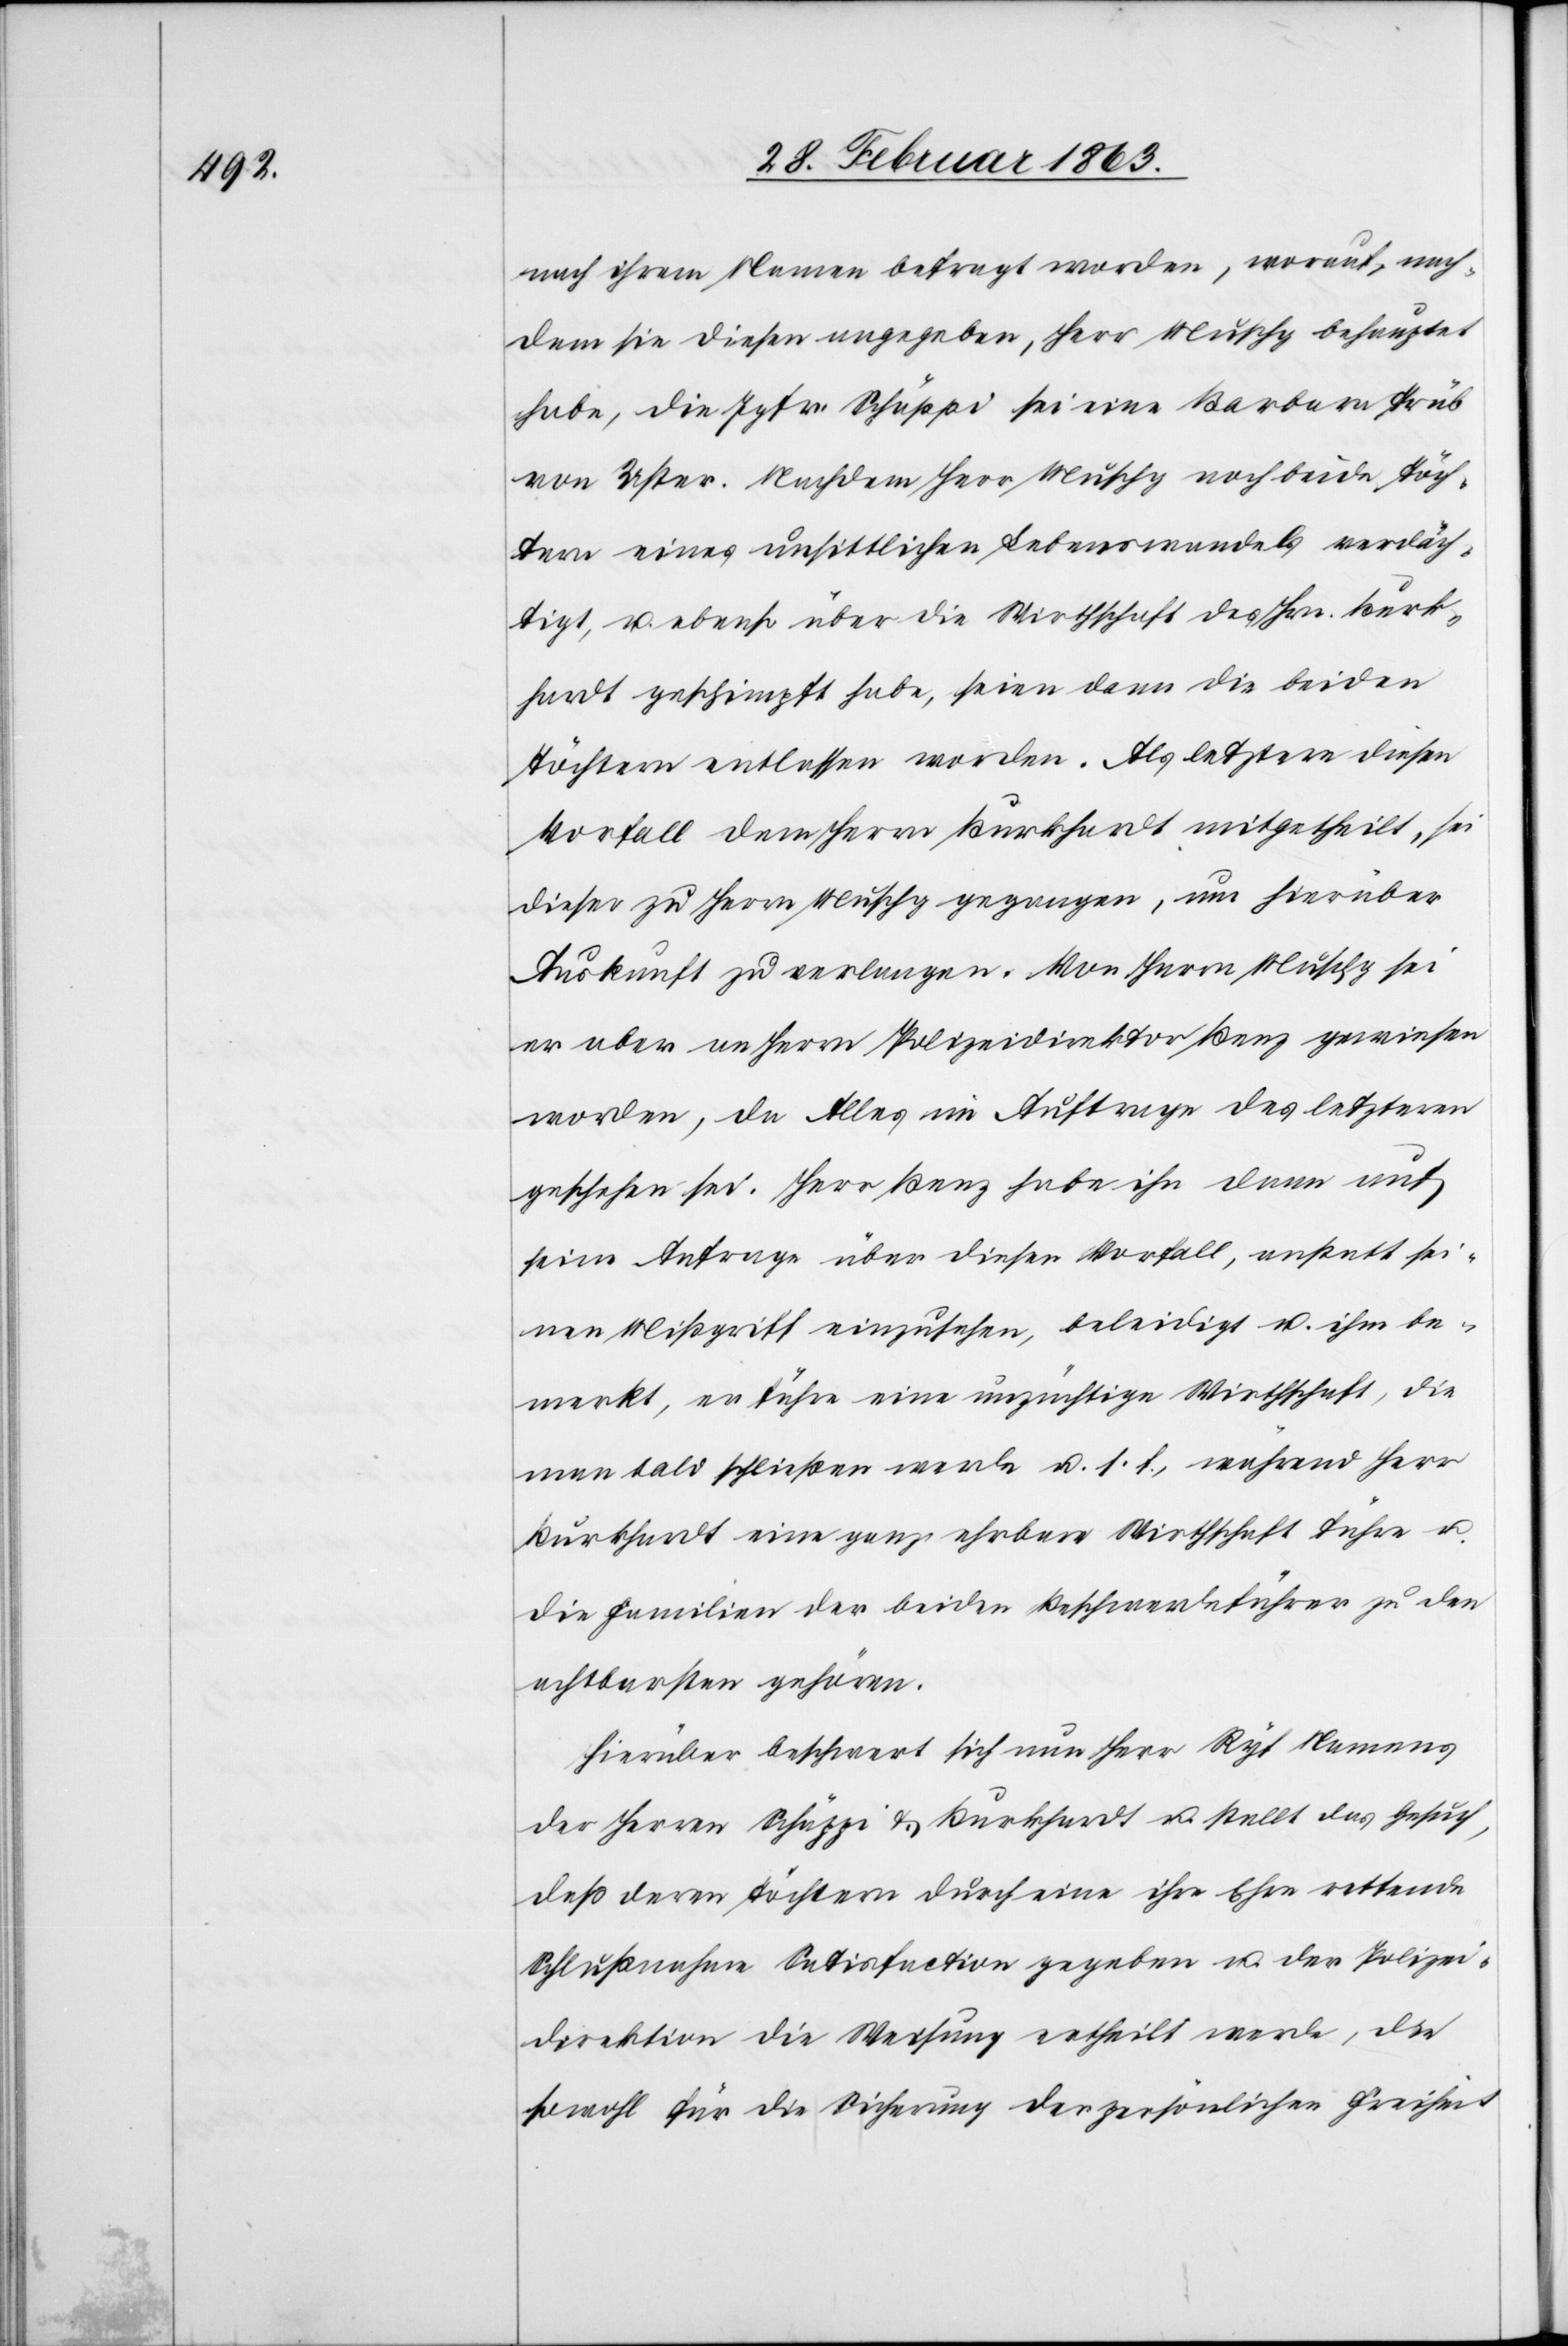
nach ihrem Namen befragt worden, worauf, nach¬
dem sie diesen angegeben, Herr Muschg behauptet
habe, die Jgfr. Schäppi sei eine Barbara Trüb
von Uster. Nachdem Herr Muschg noch beide Töch¬
tern eines unsittlichen Lebenswandels verdäch¬
tigt, u. ebenso über die Wirthschaft des Hrn. Burk¬
hardt geschimpft habe, seien dann die beiden
Töchtern entlassen worden. Als letztere diesen
Vorfall dem Herrn Burkhardt mitgetheilt, sei
dieser zu Herrn Muschg gegangen, um hierüber
Auskunft zu verlangen. Von Herrn Muschg sei
er aber an Herrn Polizeidirektor Benz gewiesen
worden, da Alles im Auftrage des letzteren
geschehen sei. Herr Benz habe ihn dann auf
seine Anfrage über diesen Vorfall, anstatt sei¬
nen Mißgriff einzusehen, beleidigt u. ihm be¬
merkt, er führe eine unzüchtige Wirthschaft, die
man bald schließen werde u. s. f., während Herr
Burkhardt eine ganz ehrbare Wirthschaft führe u.
die Familien der beiden Beschwerdeführer zu den
achtbarsten gehören.
Hierüber beschwert sich nun Herr Ryf namens
der Herren Schäppi & Burkhardt u. stellt das Gesuch,
daß deren Töchtern durch eine ihre Ehre rettende
Schlußnahme Satisfaction gegeben u. der Polizei¬
direktion die Weisung ertheilt werde, die
sowohl für die Sicherung der persönlichen Freiheit